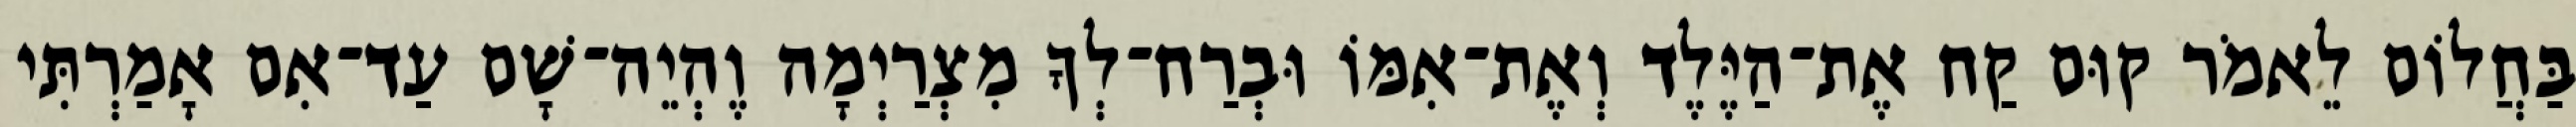
בַּחֲלוֹם לֵאמֹר קוּם קַח אֶת־הַיֶּלֶד וְאֶת־אִמּוֹ וּבְרַח־לְךָ מִצְרַיְמָה וֶהְיֵה־שָׁם עַד־אִם אָמַרְתִּי